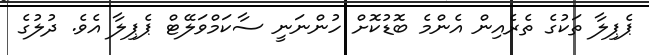
ޕެޕިލާ ތަކުގެ ތެރެއިން އެންމެ ބޮޑުކޮށް ހުންނަނީ ސާކަމްވަލޭޓް ޕެޕިލާ އެވެ. ދުލުގެ